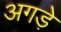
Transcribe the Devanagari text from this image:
अगड़े